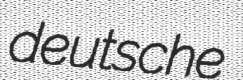
deutsche